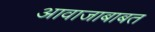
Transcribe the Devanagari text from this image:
आवाजाबाबत